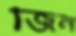
জিন